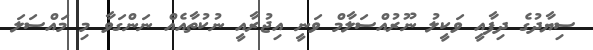
ސިޔާދުގެ ދިފާއީ ވަކީލު ނޫރުއްސަލާމް ވަނީ އިޖުރާއީ ނުކުތާއެއް ނަންގަވާ މި މައްސަލަ